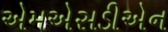
એમએસડીએન